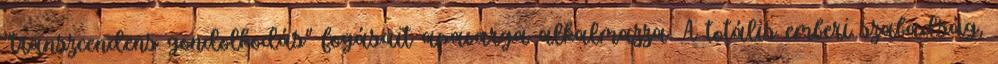
"transzcendens gondolkodás" fogásait apavarga alkalmazza. A totális emberi szabadság,